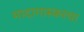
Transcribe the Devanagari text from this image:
मादागास्करचा